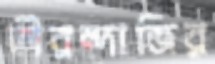
তীরন্দাজির